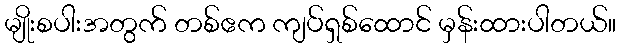
မျိုးစပါးအတွက် တစ်ဧက ကျပ်ရှစ်ထောင် မှန်းထားပါတယ်။